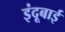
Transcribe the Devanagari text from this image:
इंदूबाई